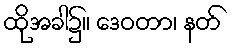
ထိုအခါ၌။ ဒေဝတာ၊ နတ်